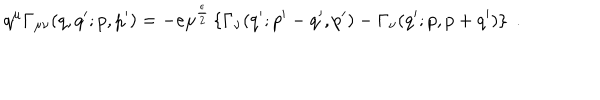
q ^ { \mu } \Gamma _ { \mu \nu } ( q , q ^ { \prime } ; p , p ^ { \prime } ) = - e \mu ^ { \frac { \epsilon } { 2 } } \left\{ \Gamma _ { \nu } ( q ^ { \prime } ; p ^ { \prime } - q ^ { \prime } , p ^ { \prime } ) - \Gamma _ { \nu } ( q ^ { \prime } ; p , p + q ^ { \prime } ) \right\} \; .